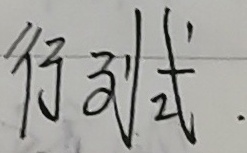
行列式